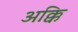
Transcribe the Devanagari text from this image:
अक्कि